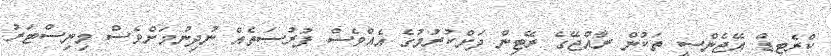
ކްރެޓިޑް އޭޖެންސީ ތަކުން ރާއްޖޭގެ ރޭޓިން ދަށްކުރުމުގެ އެއްވެސް ފުރުސަތެއް ނުދިނުމަށްވެސް މިނިސްޓަރު